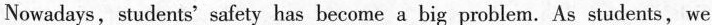
Nowadays, students' safety has become a big problem. As students,we